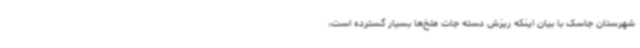
شهرستان جاسک با بیان اینکه ریزش دسته جات ملخ‌ها بسیار گسترده است،